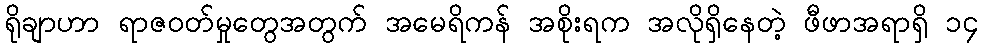
ရိုချာဟာ ရာဇဝတ်မှုတွေအတွက် အမေရိကန် အစိုးရက အလိုရှိနေတဲ့ ဖီဖာအရာရှိ ၁၄